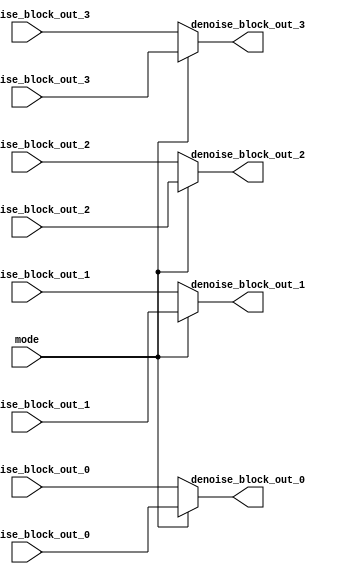
module MUX #(
	parameter BITWIDTH = 8
)(
    input mode, // 0: median , 1: gaussian
    input [BITWIDTH*9-1:0] M_denoise_block_out_0, M_denoise_block_out_1, M_denoise_block_out_2, M_denoise_block_out_3,
    input [BITWIDTH*9-1:0] G_denoise_block_out_0, G_denoise_block_out_1, G_denoise_block_out_2, G_denoise_block_out_3, 
    output reg [BITWIDTH*9-1:0] denoise_block_out_0, denoise_block_out_1, denoise_block_out_2, denoise_block_out_3
);

always @(*) begin
    if(!mode) begin
        denoise_block_out_0 = M_denoise_block_out_0;
        denoise_block_out_1 = M_denoise_block_out_1;
        denoise_block_out_2 = M_denoise_block_out_2;
        denoise_block_out_3 = M_denoise_block_out_3;

    end
    else begin
        denoise_block_out_0 = G_denoise_block_out_0;
        denoise_block_out_1 = G_denoise_block_out_1;
        denoise_block_out_2 = G_denoise_block_out_2;
        denoise_block_out_3 = G_denoise_block_out_3;
    end
end

endmodule